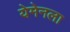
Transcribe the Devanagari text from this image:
येमेनला